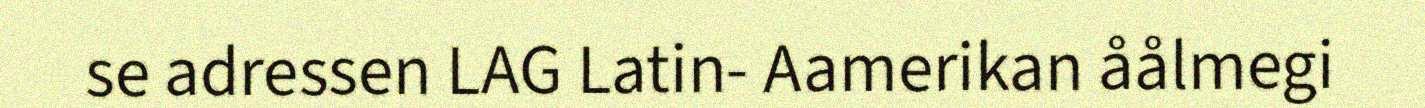
se adressen LAG Latin- Aamerikan åålmegi